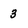
Character: 3